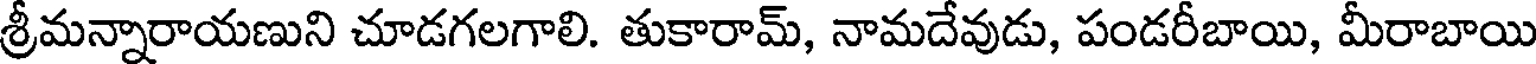
శ్రీమన్నారాయణుని చూడగలగాలి. తుకారామ్, నామదేవుడు, పండరీబాయి, మీరాబాయి